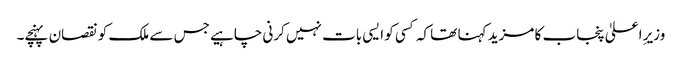
وزیرِ اعلیٰ پنجاب کا مزید کہنا تھا کہ کسی کو ایسی بات نہیں کرنی چاہیے جس سے ملک کو نقصان پہنچے۔